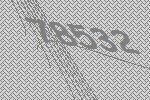
78532